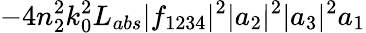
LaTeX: -4n_{2}^{2}k_{0}^{2}L_{abs}|f_{1234}|^{2}|a_{2}|^{2}|a_{3}|^{2}a_{1}